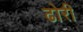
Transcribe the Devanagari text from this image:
ढोरी